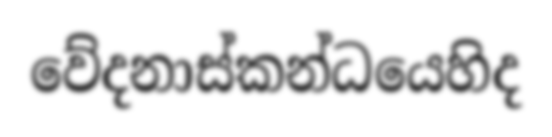
වේදනාස්කන්ධයෙහිද